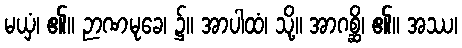
မယှံ၊ ၏။ ဉာဏမုခေ၊ ၌။ အာပါထံ၊ သို့။ အာဂစ္ဆိ၊ ၏။ အဿ၊